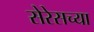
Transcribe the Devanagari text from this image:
सेरेसच्या